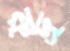
রুদ্র